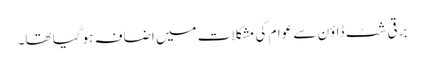
برقی شٹ ڈاؤن سے عوام کی مشکلات میں اضافہ ہوگیا تھا۔